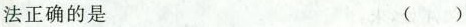
法正确的是（）